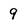
Character: 9